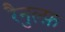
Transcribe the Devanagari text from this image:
रैनुल्फ़